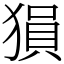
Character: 𤠔